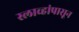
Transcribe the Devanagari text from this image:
स्लाव्हांपासून